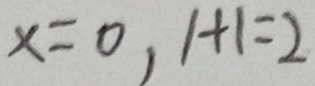
x = 0 , 1 + 1 = 2